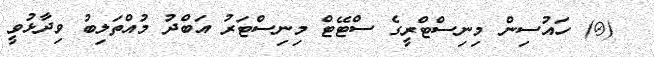
(@) ހައުސިން މިނިސްޓްރީގެ ސްޓޭޓް މިނިސްޓަރު އަބްދު މުއްތަލިބު ވިދާޅުވީ